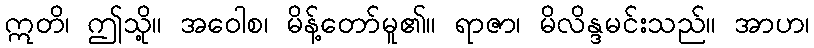
ဣတိ၊ ဤသို့။ အဝေါစ၊ မိန့်တော်မူ၏။ ရာဇာ၊ မိလိန္ဒမင်းသည်။ အာဟ၊